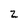
Character: z